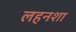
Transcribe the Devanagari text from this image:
लहनशा